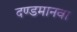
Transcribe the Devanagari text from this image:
दण्डमानवा